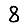
Digit: 8